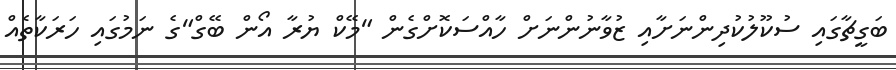
ބަގީޗާގައި ސުކޫލުކުދިންނަށާއި ޒުވާނުންނަށް ހާއްސަކޮށްގެން "މޭކް ޔުރާ އޯން ބޭގް"ގެ ނަމުގައި ހަރަކާތެއް